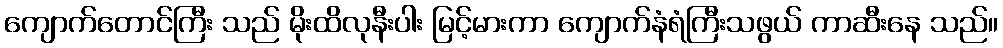
ကျောက်တောင်ကြီး သည် မိုးထိလုနီးပါး မြင့်မားကာ ကျောက်နံရံကြီးသဖွယ် ကာဆီးနေ သည်။